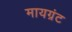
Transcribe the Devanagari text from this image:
मायग्रंट